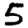
Digit: 5